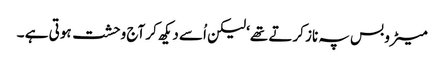
میٹرو بس پہ ناز کرتے تھے‘ لیکن اُسے دیکھ کر آج وحشت ہوتی ہے ۔